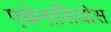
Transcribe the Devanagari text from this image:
एथेनासियोस